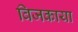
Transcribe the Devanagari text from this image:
विजकाया